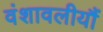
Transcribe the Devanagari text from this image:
वंशावलीयौं